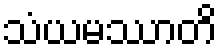
သံယမဿာတိ